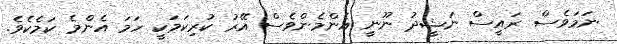
ނަމަވެސް ރައީސް ނަޝީދު ނޫނީ އެންމެންވެސް އޭރު ކުރިކަމަކީ ހަމަ އެންމެ ކަމެކެވެ.